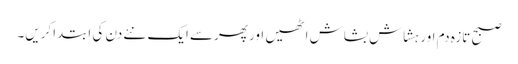
صبح تازہ دم اور ہشاش بشاش اٹھیں اور پھرسے ایک نئے دن کی ابتداکریں۔